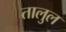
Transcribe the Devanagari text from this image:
तालुल